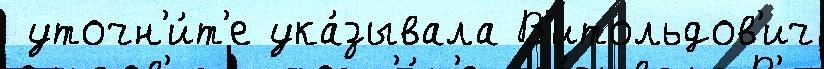
 уточн'и́т'е ука́зывала В'итольдов'ич